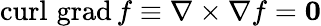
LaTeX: \operatorname{curl}\, \operatorname{grad}f\equiv\nabla\times\nabla f=\mathbf{0}